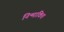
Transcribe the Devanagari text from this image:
निन्मांकित